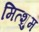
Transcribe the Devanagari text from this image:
मित्शुम